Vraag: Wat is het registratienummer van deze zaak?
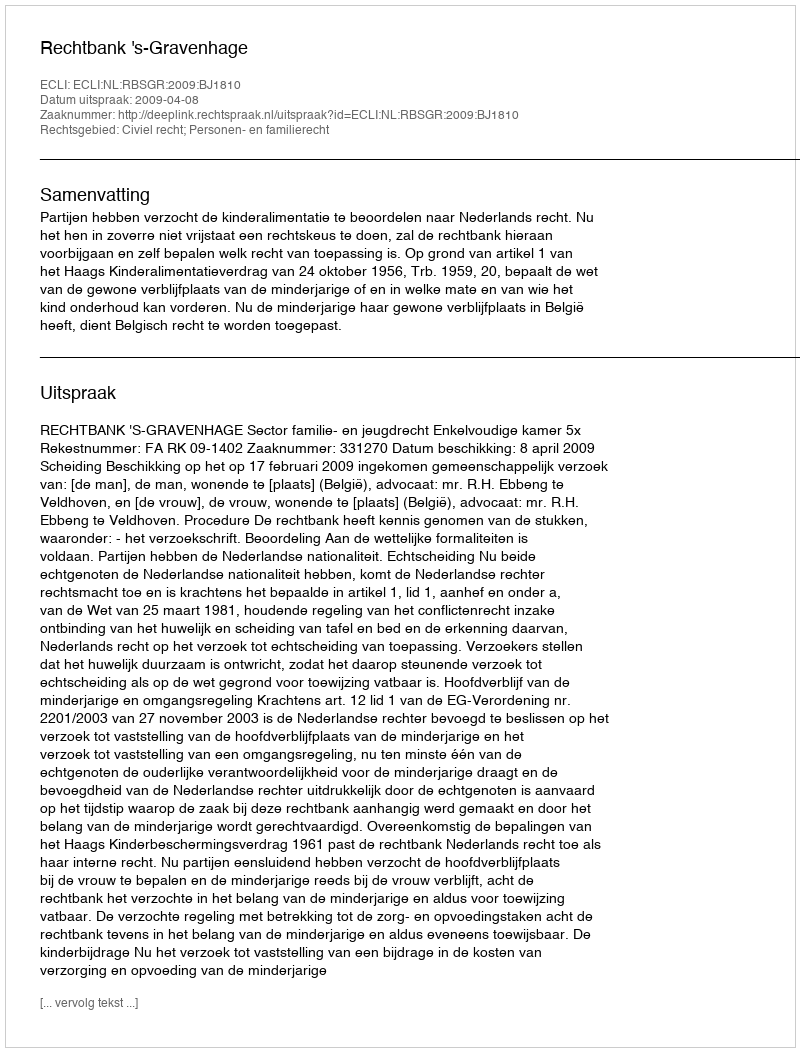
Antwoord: http://deeplink.rechtspraak.nl/uitspraak?id=ECLI:NL:RBSGR:2009:BJ1810